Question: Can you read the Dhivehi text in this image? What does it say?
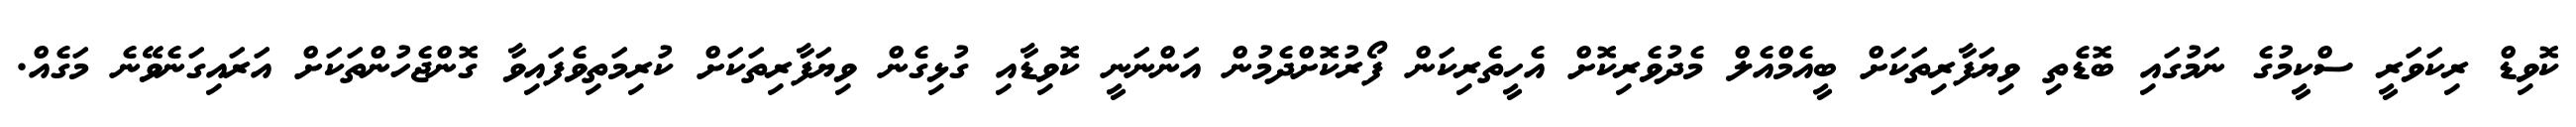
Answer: ކޮވިޑް ރިކަވަރީ ސްކީމުގެ ނަމުގައި ބޮޑެތި ވިޔަފާރިތަކަށް ބީއެމްއެލް މެދުވެރިކޮށް އެހީތެރިކަން ފޯރުކޮށްދެމުން އަންނަނީ ކޮވިޑާއި ގުޅިގެން ވިޔަފާރިތަކަށް ކުރިމަތިވެފައިވާ ގޮންޖެހުންތަކަށް އަރައިގަނެވޭނެ މަގެއް.